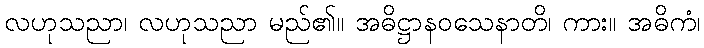
လဟုသညာ၊ လဟုသညာ မည်၏။ အဓိဋ္ဌာနဝသေနာတိ၊ ကား။ အဓိကံ၊